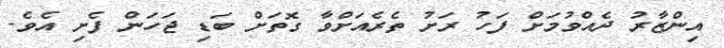
އިންޒާރު ދެއްވުމަށް ފަހު ރަށު ތެރެއަށްވާ ގޮތަށް ބަޑި ޖަހަން ފެށި އެވެ.